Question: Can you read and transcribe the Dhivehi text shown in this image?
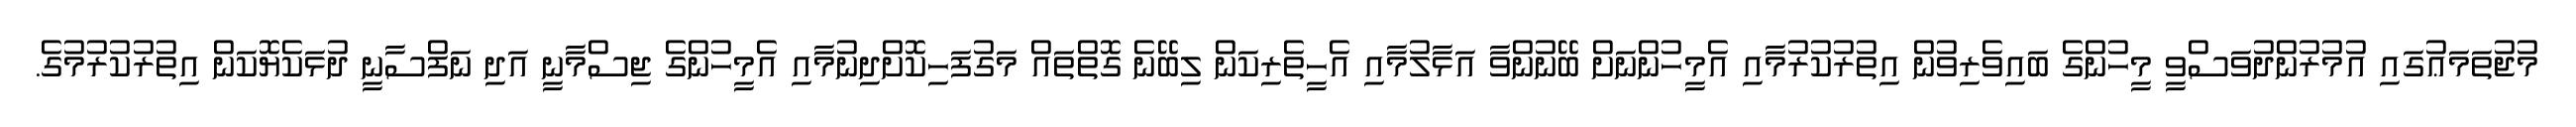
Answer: މުޖުތަމަޢުގައި އުމުރުންދުވަސްވީ މީހުންގެ ބައިވެރިވުން އިތުރުކުރުމާއި އެމީހުންނަށް ބޭނުންވާ އަޅާލުމާއި އެހީތެރިކަން ލިބޭނެ ގޮތްތައް މަގުފަހިކޮށްދިނުމާއި އެމީހުންގެ ޖިސްމާނީ އަދި ނަފްސާނީ ދުޅަކެޔޮކަން އިތުރުކުރުމުގެ.